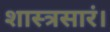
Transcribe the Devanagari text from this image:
शास्त्रसारं।